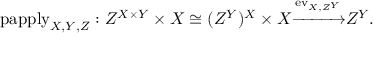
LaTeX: \mathrm { p a p p l y } _ { X , Y , Z } : Z ^ { X \times Y } \times X \cong ( Z ^ { Y } ) ^ { X } \times X { \xrightarrow { \mathrm { e v } _ { X , Z ^ { Y } } } } Z ^ { Y } .